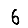
Digit: 6